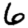
Digit: 6